Madras plague regulations in force outside the Presidency town - Volume 7
Disease focus: Plague
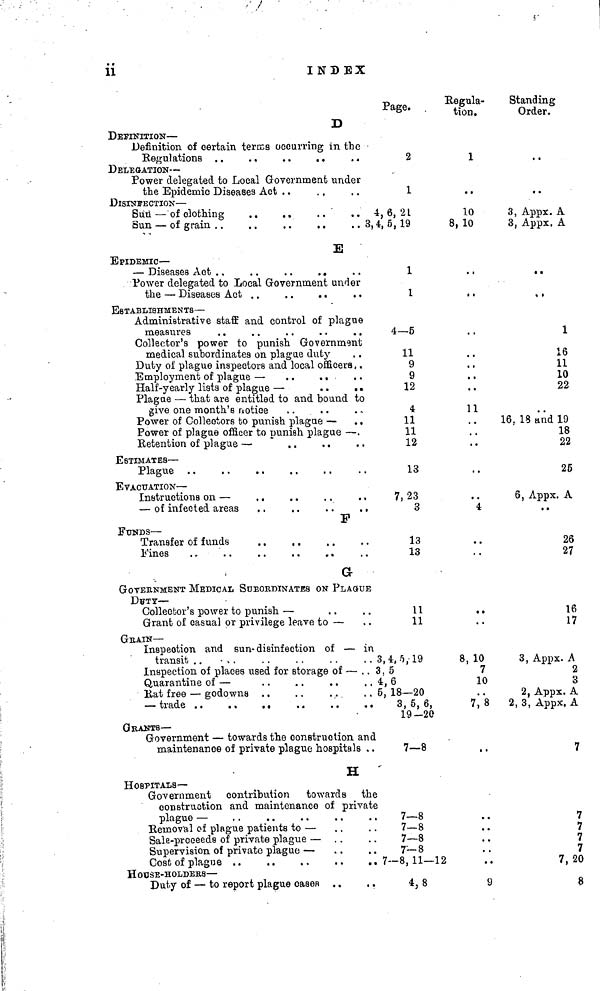
ii
INDEX
D
DEFINITION —
Definition of certain terccs occurring in the
Regulations . .
. .
. .
. .
DELEGATION —
Power delegated to Local Government under
the Epidemic Diseases Act
DISINFECTION —
Sun — of clothing
. .
. .
Sun — of grain. . .
. .
. .
. .
E
EPIDEMIC —
— Diseases Act . ,
. .
. .
. .
Power delegated to Local Government under
the — Diseases Act . .
. .
. .
ESTABLISHMENTS —
Administrative staff and control of plague
measures
Collector's power to punish Government
medical subordinates on plague duty
Duty of plague inspectors and local officers , .
Employment of plague — . .
. .
Half-yearly lists of plague —
. .
. .
Plague — that are entitled to and bound to
give one month's notice
. .
. .
Power of Collectors to punish plague — . ,
Power of plague officer to punish plague — .
Retention of plague —
. .
ESTIMATES —
EVACUATION —
Instructions on —
. .
. .
. .
. ,
— of infected areas
F
FUNDS —
Transfer of funds
. .
, .
G
GOVERNMENT MEDICAL SUBORDINATES ON PLAGUE
DUTY-
Collector's power to punish —
Grant of casual or privilege leave to —
GRAIN —
Inspection and sun- disinfection of — in
Inspection of places used for storage of — .
Quarantine of —
Rat free — godowns
GRANTS—
Government — towards the construction and
maintenance of private plague hospitals
H
HOSPITALS—
Government contribution
towards the
construction and maintenance of priva
plague —
Removal of plague patients to —
Sale-proceeds of private plague —
Supervision of private plague —
Cost of plague ..
H OUSE-HOLDERS —
Duty of — to report plague casen
Page
2
1
4,6,21
3,4, 5, 19
1
1
4—5
11
9
9
12
4
11
11
12
13
7,23
3
13
13
E
11
11
3, 4, 5, 19
. 3, 5
4,6
5, 18—20
3 5, 6,
19—20
7—8
te
7—8
7—8
7—8
7-8
7—8, 11—1
4,8
Regula-
tion.
1
. .
10
8, 10
. ,
, .
. .
. .
. .
. .
11
• •
4
. .
. .
• •
8 , 10
7
10
7, 8
1 )
••
, .
-
2
9
Standing
Order.
, .
. .
3, Appx. A
3, Appx. A
, ,
1
16
11
10
22
, .
16. 18 and 19
18
22
25
6, Appx. A
. .
26
27
16
17
3 .Appx. A
2
3
2, Appx. A
2, 3, Appx. A
7
7
7
7
7
7, 20
8